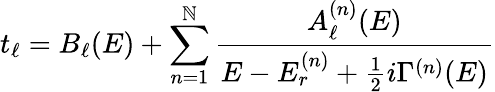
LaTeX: t_{\ell}=B_{\ell}(E)+\sum_{n=1}^{\mathbb{N}}{\frac{{A_{\ell}^{(n)}(E)}}{{E-E_{r}^{(n)}+{\frac{{1}}{{2}}}i\Gamma^{(n)}(E)}}}